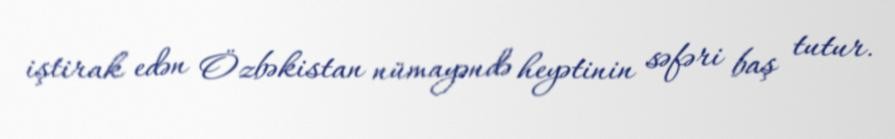
iştirak edən Özbəkistan nümayəndə heyətinin səfəri baş tutur.